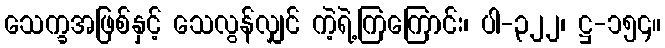
သေက္ခအဖြစ်နှင့် သေလွန်လျှင် ကဲ့ရဲ့ကြကြောင်း၊ ပါ-၃၂၂၊ ဋ္ဌ-၁၅၄။